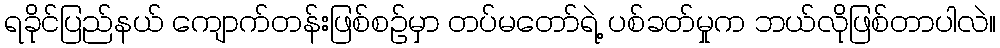
ရခိုင်ပြည်နယ် ကျောက်တန်းဖြစ်စဉ်မှာ တပ်မတော်ရဲ့ ပစ်ခတ်မှုက ဘယ်လိုဖြစ်တာပါလဲ။